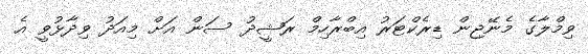
ވިމްލާގެ މެނޭޖިން ޑިރެކްޓަރު އިބްރާހިމް ރަޝީދު ސަން އަށް މިއަދު ވިދާޅުވީ އެ